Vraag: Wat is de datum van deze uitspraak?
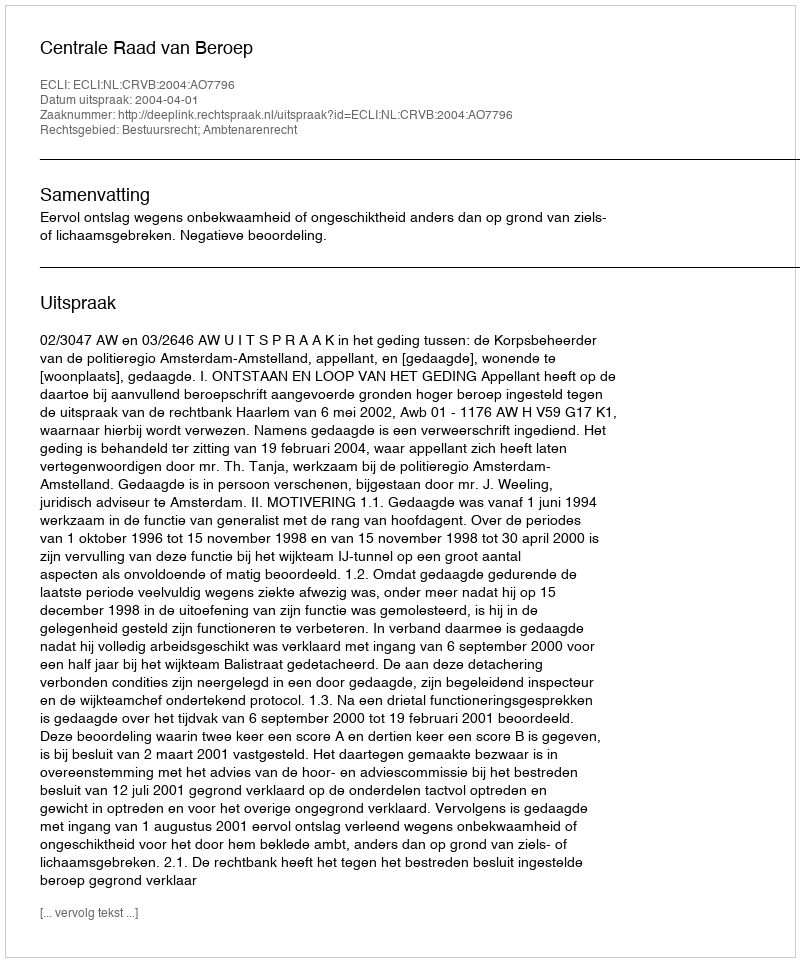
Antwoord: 2004-04-01